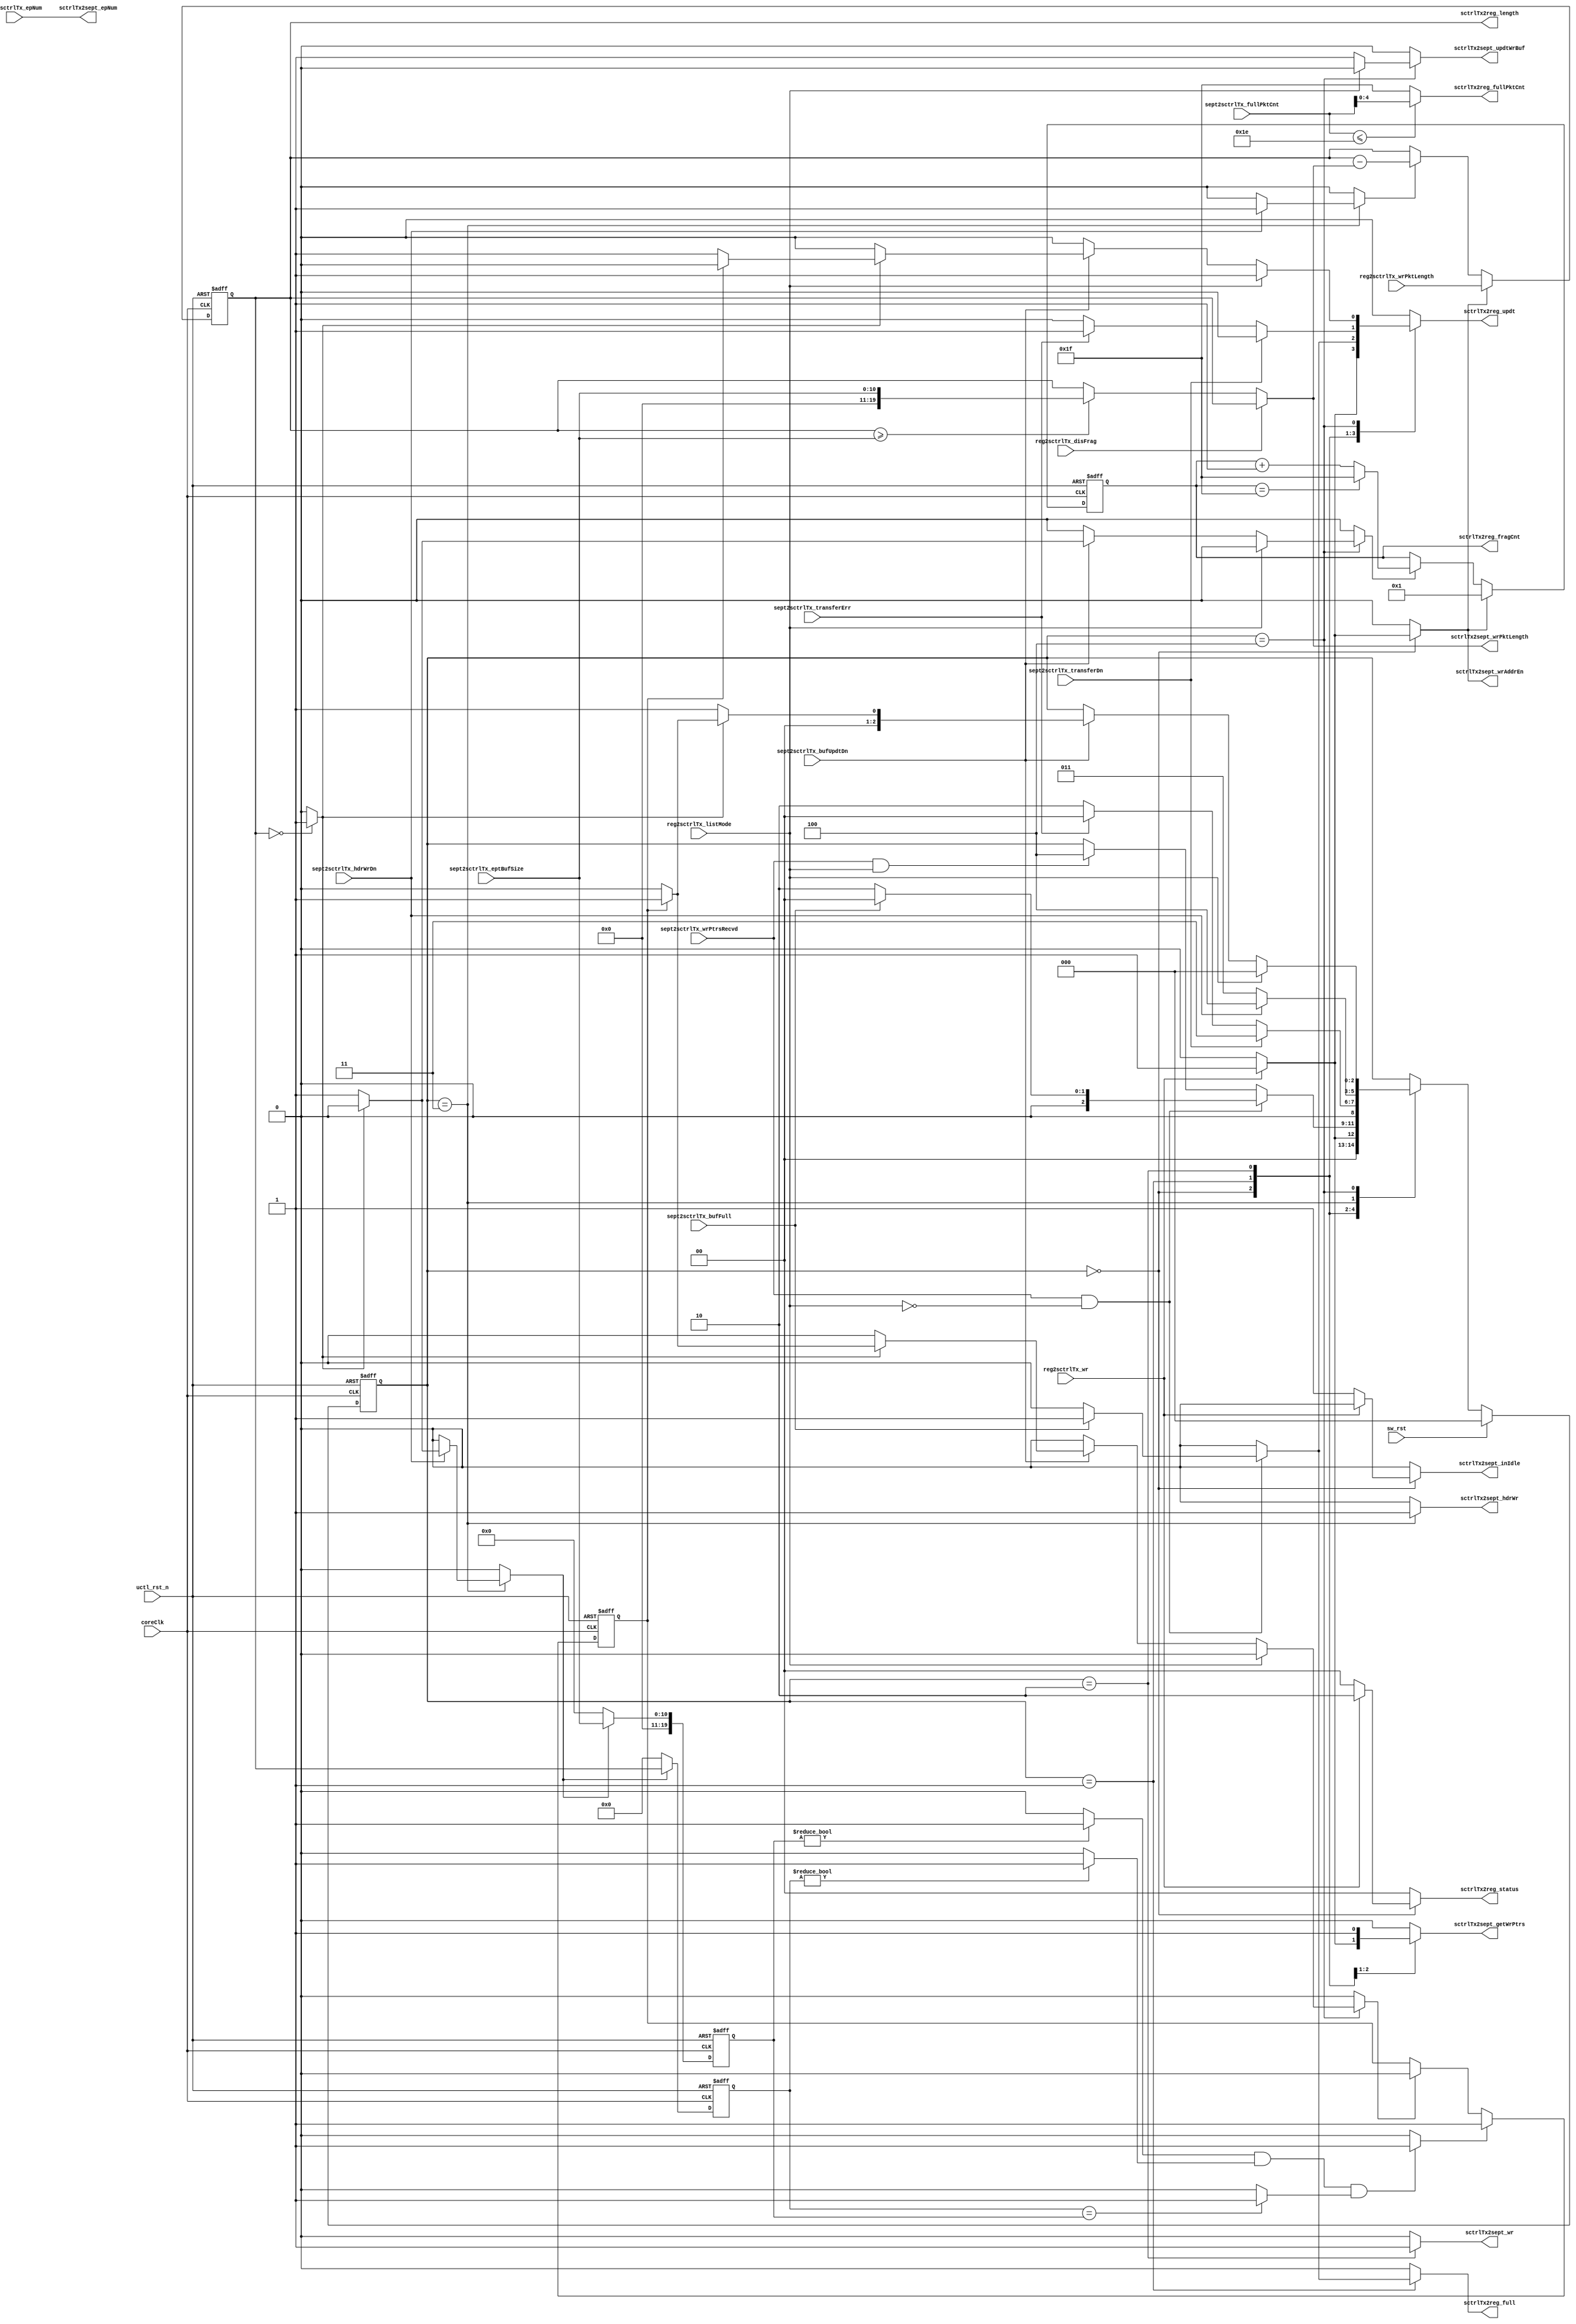
`timescale 1ns / 1ps
//-------------------------------------------------------------------
// Copyright  2012 TECHVULCAN, Inc. All rights reserved.         
// TechVulcan Confidential and Proprietary
// Not to be used, copied reproduced in whole or in part, nor      
// its contents                        
// revealed in any manner to others without the express written      
// permission   of TechVulcan                   
// Licensed Material.                     
// Program Property of TECHVULCAN Incorporated.   
// ------------------------------------------------------------------
// AUTHOR EMAIL      : darshan.naik@techvulcan.com
// VERSION           : 0.6
//-------------------------------------------------------------------

//VERSION            : 0.6
//                      disable fragmentation logic implemented
//VERSION            : 0.5
//                      tstatus bit is set to 2'b00 for full and nearly full condition
//VERSION            : 0.4
//                      sctrlTx2reg_full signal added    
//VERSION            : 0.3
//                      generation of zero lenght packet implemented   
//VERSION            : 0.2 
//                      list protocol implemented,
//VERSION            : 0.1
//                      intial release

/*TODO

  change the name of following signal to wrTrLength
 
  

*/

//-----------------------------------------------------------------
//-----------------------------------------------------------------

module uctl_sysControllerTx #(
                              parameter PKTCNTWD =9
   )(
   input  wire                       sw_rst                          ,//to reset this module
   //--------------------------------------------------------------
   // Global signals
   //---------------------------------------------------------------
   input  wire                       uctl_rst_n                      ,// System Reset
   input  wire                       coreClk                         ,//core clock
   //--------------------------------------------------------------
   // System Endpoint Controller Interface               
   //--------------------------------------------------------------
   input  wire                       sept2sctrlTx_bufFull            ,//endpoint buffer full
   input  wire                       sept2sctrlTx_wrPtrsRecvd        ,//indicates when the endpoint controller has got the pointer
   input  wire                       sept2sctrlTx_transferDn         ,//indicates the assigned data packet trasfer 
   input  wire                       sept2sctrlTx_transferErr        ,//indicates there was a error in thr transfer
   input  wire                       sept2sctrlTx_hdrWrDn            ,//header write completion signal for write
   input  wire                       sept2sctrlTx_bufUpdtDn          ,//buffer update completion signal for write transaction
   input  wire [10               :0] sept2sctrlTx_eptBufSize         ,//buffer size in bytes for the endpoint:
   input  wire [PKTCNTWD-1       :0] sept2sctrlTx_fullPktCnt         ,
   output reg                        sctrlTx2sept_wrAddrEn           ,
   output wire [3                :0] sctrlTx2sept_epNum              ,//endpoint number
   output wire [19               :0] sctrlTx2sept_wrPktLength        ,//length of the current transfer in bytes
   output reg                        sctrlTx2sept_updtWrBuf          ,//update endpoint buffer for current transaction
   output reg                        sctrlTx2sept_inIdle             ,//indicates when in IDLE state
   output reg                        sctrlTx2sept_getWrPtrs          ,//signal used to get the current endpoint attributes 
   output reg                        sctrlTx2sept_wr                 ,// write signal to endpoint controller for writing data to endpoint buffer
   output reg                        sctrlTx2sept_hdrWr              ,//signal to write the header information of the current packet
   //--------------------------------------------------------------
   // Register Interface               
   //--------------------------------------------------------------         
   //TODO: change the name of following signal to wrTrLength
   input  wire [19               :0] reg2sctrlTx_wrPktLength         ,//lenght of the pkt to transfered
   input  wire [3                :0] reg2sctrlTx_epNum               ,// end Point number
   input  wire                       reg2sctrlTx_wr                  ,// signal from syatem to write
   input  wire                       reg2sctrlTx_disFrag             ,//will disable fragmentation 
   input  wire                       reg2sctrlTx_listMode            ,//              
   output wire [4                :0] sctrlTx2reg_fullPktCnt          ,               
   output wire [19               :0] sctrlTx2reg_length              ,//length of the orginal data pending
   output wire [4                :0] sctrlTx2reg_fragCnt             ,//fragmentation count to be updated in register
   output reg  [1                :0] sctrlTx2reg_status              ,//fragmentation count to be updated in register
   output reg                        sctrlTx2reg_full                ,// signal indicating buffer is full
   output reg                        sctrlTx2reg_updt                 //update signal to update the  values
   );

   // --------------------------------------------------------------
   // Localparams
   // --------------------------------------------------------------
   localparam  IDLE       = 3'b000,
               SC_GETPTRS = 3'b001,
               SC_DATA    = 3'b010,
               SC_HEADER  = 3'b011,
               SC_UPDATE  = 3'b100;

   // --------------------------------------------------------------
   // reg/wire declarations
   // --------------------------------------------------------------
   reg  [2              :0] current_state    ;
   reg  [2              :0] next_state       ;
   reg  [19             :0] rem_tr_ln        ;
   reg  [19             :0] rem_tr_ln_last   ;
   reg  [19             :0] pktLn_last       ; 
   wire [19             :0] ept_buf_size     ;
   wire [19             :0] pktLn_fragEn     ;
   wire [19             :0] pktLn_fragDis    ;
   reg  [4              :0] frag_cntr        ;
   reg                      frag_cntr_ld     ;
   reg                      frag_cntr_inc    ;     
   reg                      rem_tr_ln_ld     ;
   reg                      rem_tr_ln_dec    ;
   wire                     rem_tr_ln_isz    ;
   reg                      rem_tr_ln_ld_last;
   reg                      zlp_case         ;
   reg                      pktLn_ld_last    ;
   wire                     tr_ln_nz         ;
   wire                     pkt_ln_nz        ;  
   wire                     set_zlp_case     ;
   reg                      clr_zlp_case     ;
   wire                     tr_ln_pkt_ln_eq  ;
   
 
  
   //----------------------------------------------------------------
   // fragmentation counter               
   //---------------------------------------------------------------  
   always @(posedge coreClk or negedge uctl_rst_n) begin
      if(!uctl_rst_n) begin
         frag_cntr <= 5'b0_0000;
      end
      else begin
         if(frag_cntr_ld) begin
            frag_cntr <=5'b0_0001 ;
         end
         else if (frag_cntr_inc) begin
            if( frag_cntr == 5'b1_1111) begin
               frag_cntr <= 5'b1_1111;
            end
            else begin
               frag_cntr <= frag_cntr+1'b1 ;
            end
         end
      end
   end

   //------------------------------------------------------------
   // length decrement logic               
   //-----------------------------------------------------------  
   always @(posedge coreClk or negedge uctl_rst_n) begin
      if(!uctl_rst_n) begin
         rem_tr_ln <= {20{1'b0}};
      end
      else begin  
         if(rem_tr_ln_ld) begin
            rem_tr_ln <= reg2sctrlTx_wrPktLength;
         end
         else if (rem_tr_ln_dec) begin
            rem_tr_ln <= rem_tr_ln - sctrlTx2sept_wrPktLength;
         end
      end
   end


   always @(posedge coreClk or negedge uctl_rst_n) begin
      if(!uctl_rst_n) begin
         rem_tr_ln_last <= {20{1'b0}};
      end
      else begin  
         if(rem_tr_ln_ld_last) begin
            rem_tr_ln_last <= rem_tr_ln;
         end
         else begin
            rem_tr_ln_last <= {20{1'b0}};
         end
      end
   end

   always @(posedge coreClk or negedge uctl_rst_n) begin
      if(!uctl_rst_n) begin
         pktLn_last <= {20{1'b0}};
      end
      else begin  
         if(pktLn_ld_last) begin
            pktLn_last <= ept_buf_size;
         end
         else begin
            pktLn_last <= {20{1'b0}};
         end
      end
   end
      
   always @(posedge coreClk or negedge uctl_rst_n) begin
      if(!uctl_rst_n) begin
         zlp_case <= 1'b0;
      end
      else begin  
         if(set_zlp_case) begin
            zlp_case <= 1'b1;
         end
         else if (clr_zlp_case) begin
            zlp_case <= 1'b0;
         end
      end
   end


   assign ept_buf_size              = {{9{1'b0}},sept2sctrlTx_eptBufSize}        ;

   assign rem_tr_ln_isz             = (rem_tr_ln      == {20{1'b0}}) ? 1'b1: 1'b0;

   assign set_zlp_case              = (pkt_ln_nz && tr_ln_nz && tr_ln_pkt_ln_eq) ? 
                                                                       1'b1:1'b0 ; 
   
   assign tr_ln_nz                  = (rem_tr_ln_last != {20{1'b0}}) ? 1'b1:1'b0 ;
   
   assign pkt_ln_nz                 = (pktLn_last     != {20{1'b0}}) ? 1'b1:1'b0 ;
   
   assign tr_ln_pkt_ln_eq           = (rem_tr_ln_last == pktLn_last) ? 1'b1:1'b0 ;

   assign sctrlTx2sept_wrPktLength  = (reg2sctrlTx_disFrag)          ? 
                                       pktLn_fragDis : pktLn_fragEn              ;

   assign pktLn_fragEn              = (rem_tr_ln >= ept_buf_size)    ? 
                                       ept_buf_size : rem_tr_ln                  ;

   assign pktLn_fragDis             = rem_tr_ln                                  ; 

   assign sctrlTx2sept_epNum        = reg2sctrlTx_epNum                          ;           

   assign sctrlTx2reg_length        = rem_tr_ln                                  ;

   assign sctrlTx2reg_fragCnt       = frag_cntr                                  ;

   assign sctrlTx2reg_fullPktCnt    = (sept2sctrlTx_fullPktCnt <= 9'b000011110) ? 
                                       sept2sctrlTx_fullPktCnt[4:0] : 5'b11111   ;   

   //----------------------------------------------
   // State Machine Logic               
   //----------------------------------------------  
   always @(*) begin
      next_state                 = current_state;
      sctrlTx2reg_status         = 2'b00;
      sctrlTx2sept_getWrPtrs     = 1'b0 ;
      sctrlTx2sept_hdrWr         = 1'b0 ;
      sctrlTx2sept_wr            = 1'b0 ;
      sctrlTx2sept_updtWrBuf     = 1'b0 ;
      sctrlTx2sept_inIdle        = 1'b0 ;
      frag_cntr_inc              = 1'b0 ;  
      sctrlTx2reg_updt           = 1'b0 ;
      rem_tr_ln_dec              = 1'b0 ;
      frag_cntr_ld               = 1'b0 ;
      rem_tr_ln_ld               = 1'b0 ;
      sctrlTx2sept_wrAddrEn      = 1'b0 ;
      rem_tr_ln_ld_last          = 1'b0 ;
      pktLn_ld_last              = 1'b0 ;
      clr_zlp_case               = 1'b0 ;
      sctrlTx2reg_full           = 1'b0 ;     
 
      case (current_state)
         IDLE:begin
            if(reg2sctrlTx_wr)begin
               next_state             = SC_GETPTRS;
               sctrlTx2sept_wrAddrEn  = 1'b1 ;   
               sctrlTx2sept_getWrPtrs = 1'b1 ;
               frag_cntr_ld           = 1'b1 ;            
               rem_tr_ln_ld           = 1'b1 ;
               sctrlTx2reg_updt       = 1'b1 ;
               sctrlTx2reg_status     = 2'b10;
            end
            else begin
               next_state=IDLE;
               sctrlTx2sept_inIdle        =1'b1;
            end
         end // case: IDLE

         SC_GETPTRS:begin
            sctrlTx2sept_getWrPtrs =1'b1;
            if((sept2sctrlTx_wrPtrsRecvd) && 
                  (!reg2sctrlTx_listMode))   begin
               if(sept2sctrlTx_bufFull) begin
                  next_state              = IDLE ;
                  sctrlTx2reg_full        = 1'b1 ;
                  sctrlTx2reg_updt        = 1'b1 ;
                  sctrlTx2reg_status      = 2'b00;
               end
               else begin      
                  next_state     =SC_DATA ;
               end
            end
            else if ((sept2sctrlTx_wrPtrsRecvd) && 
                        (reg2sctrlTx_listMode))   begin
               next_state     =SC_UPDATE;
            end
         end // case: SC_GETPTRS

         SC_DATA: begin
            sctrlTx2sept_wr=1'b1;
            if(sept2sctrlTx_transferDn) begin
               next_state     =SC_HEADER;
            end 
            else if (sept2sctrlTx_transferErr) begin
               next_state           = IDLE ;
               sctrlTx2reg_updt     = 1'b1 ;
               sctrlTx2reg_status   = 2'b00;
            end
            else begin
               next_state     = SC_DATA;
            end
            
         end // case: SC_DATA

         SC_HEADER: begin
            sctrlTx2sept_hdrWr=1'b1;
            if(sept2sctrlTx_hdrWrDn==1'b1) begin
               next_state        = SC_UPDATE;
               rem_tr_ln_dec     = 1'b1;
               if(!rem_tr_ln_isz) begin
                  rem_tr_ln_ld_last = 1'b1;
                  pktLn_ld_last     = 1'b1;
               end
            end
            else begin
               next_state  = SC_HEADER;
            end
         end // case: SC_HEADER
         
         SC_UPDATE:begin
            if(!reg2sctrlTx_listMode ) begin   
               sctrlTx2sept_updtWrBuf  = 1'b1;
               if(sept2sctrlTx_bufUpdtDn == 1'b1) begin
                  
                  if(!rem_tr_ln_isz) begin
                     next_state = SC_GETPTRS;
                     frag_cntr_inc           = 1'b1;
                  end
                  else begin
                     if(zlp_case) begin
                        next_state          = SC_GETPTRS;
                        clr_zlp_case        = 1'b1;
                     end
                     else begin
                     next_state             = IDLE ;
                     sctrlTx2reg_updt       = 1'b1 ;
                     sctrlTx2reg_status     = 2'b00;
                     end
                  end
               end
            end
            else begin
               next_state             = IDLE ;
               sctrlTx2reg_updt       = 1'b1 ;
               sctrlTx2reg_status     = 2'b00;
            end 
         end // case: SC_UPDATE
         
         default: next_state = current_state;
         
      endcase
   end // always @ (*)

   always @(posedge coreClk or negedge uctl_rst_n) begin
      if(!uctl_rst_n ) begin
         current_state <= IDLE;
      end
      else if(sw_rst) begin
         current_state <= IDLE;
      end
      else begin
         current_state <= next_state;
      end
   end
   
endmodule